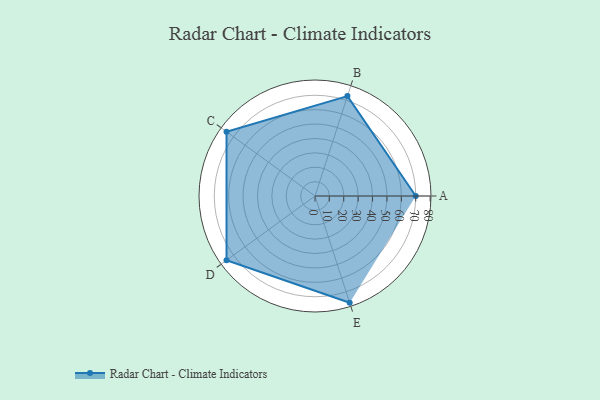
{"axis": {"x": "Skill", "y": "Score"}, "legend": ["Profile"], "data": [{"x": "A", "y": 70.0, "type": "Profile"}, {"x": "B", "y": 73.0, "type": "Profile"}, {"x": "C", "y": 76.0, "type": "Profile"}, {"x": "D", "y": 76.0, "type": "Profile"}, {"x": "E", "y": 78.0, "type": "Profile"}]}